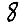
Digit: 8